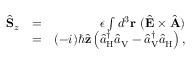
\begin{array} { r l r } { \hat { \bf S } _ { z } } & { = } & { \epsilon \int d ^ { 3 } { \bf r } \ ( \hat { \bf E } \times \hat { \bf A } ) } \\ & { = } & { ( - i ) \hbar \hat { \bf z } \left( \hat { a } _ { \mathrm { H } } ^ { \dagger } \hat { a } _ { \mathrm { V } } - \hat { a } _ { \mathrm { V } } ^ { \dagger } \hat { a } _ { \mathrm { H } } \right) , } \end{array}